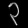
Digit: ၃